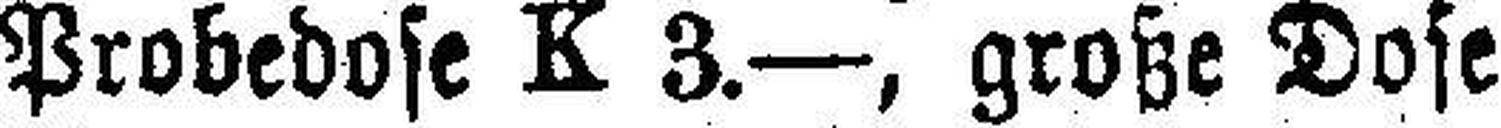
Probedose K 3.—, große Dose